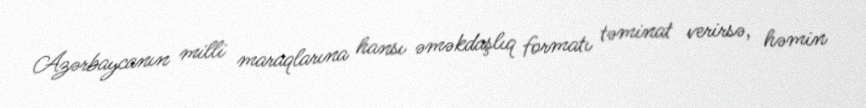
Azərbaycanın milli maraqlarına hansı əməkdaşlıq formatı təminat verirsə, həmin